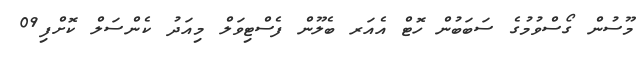
މޫސުން ގޯސްވުމުގެ ސަބަބުން ހޮޓް އެއަރ ބެލޫން ފެސްޓިވަލް މިއަދު ކެންސަލް ކޮށްފި09